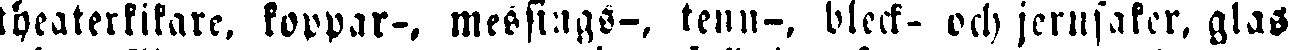
theaterkikare, koppar-, messings-, tenn-, bleck- och jernsaker, glas